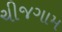
ચીજગામ